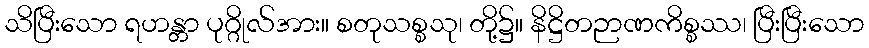
သိပြီးသော ရဟန္တာ ပုဂ္ဂိုလ်အား။ စတုသစ္စသု၊ တို့၌။ နိဋ္ဌိတဉာဏကိစ္စဿ၊ ပြီးပြီးသော